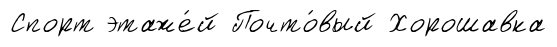
Спорт этаже́й Почто́вый Хорошавка